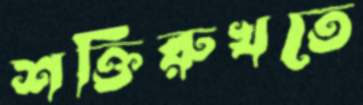
শক্তিরুখতে